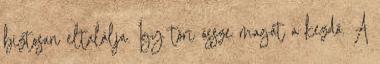
biztosan eltalálja. Így töri össze magát a kezdő. A